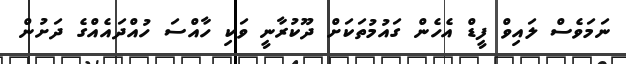
ނަމަވެސް ލައިވް ފީޑް އެހެން ގައުމުތަކަށް ދޫކުރާނީ ވަކި ހާއްސަ ހުއްދައެއްގެ ދަށުން